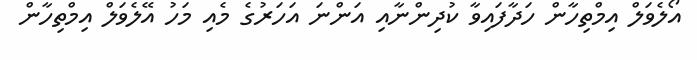
އޯލެވަލް އިމްތިހާން ހަދާފައިވާ ކުދިންނާއި އަންނަ އަހަރުގެ މެއި މަހު އޭލެވަލް އިމްތިހާން